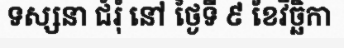
ទស្សនា ជំរុំ នៅ ថ្ងៃទី ៩ ខែវិច្ឆិកា